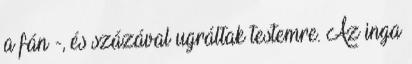
a fán -, és százával ugráltak testemre. Az inga